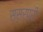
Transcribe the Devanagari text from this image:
ससरपरी